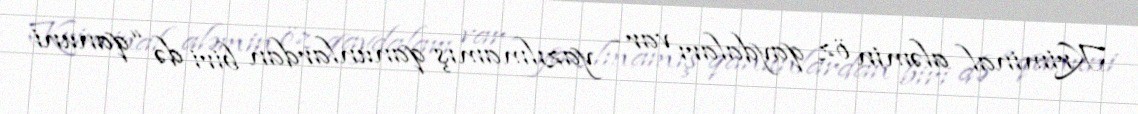
Kriminal aləmin öz qaydaları var - yazılmamış qanunlardan biri də “qanuni